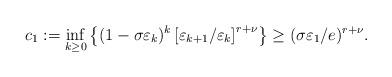
LaTeX: \begin{align*}c_1:=\inf_{k \geq 0}\left\{(1 - \sigma \varepsilon_{k})^{k}\left[\varepsilon_{k+1} / \varepsilon_{k}\right]^{r + \nu}\right\}\geq( \sigma \varepsilon_1 / e)^{r + \nu}.\end{align*}